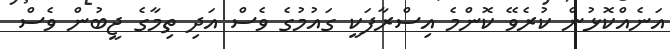
އަނެއްކޮޅުން ކުރެވޭ ކޮންމެ އިސްރާފަކީ ގައުމުގެ ވެސް އަދި ތިމާގެ ޖީބުން ވެސް